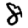
Digit: 8